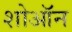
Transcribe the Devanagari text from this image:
शोऑन